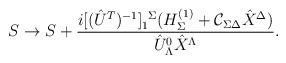
LaTeX: \begin{align*}S\to S+{{i[(\hat{U}^T)^{-1}]^{\ \Sigma}_1(H^{(1)}_{\Sigma}+{\cal C}_{\Sigma\Delta}\hat{X}^{\Delta})}\over{\hat{U}^0_{\Lambda}\hat{X}^{\Lambda}}}.\end{align*}